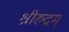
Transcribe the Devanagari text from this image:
श्रीरुद्रम्